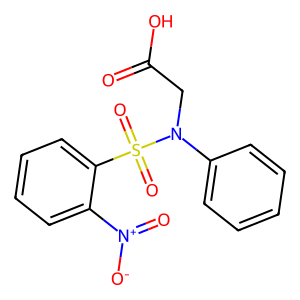
SMILES: O=C(O)CN(c1ccccc1)S(=O)(=O)c1ccccc1[N+](=O)[O-]
Inhibits HIV replication: No